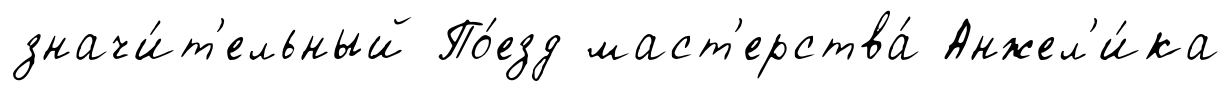
значи́т'ельный По́езд маст'ерства́ Анжел'и́ка